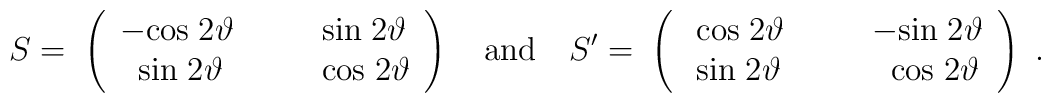
S  =   \; \left(\begin{array}{lll}  -{\rm cos}\;2\vartheta & \quad &  {\rm sin}\;2\vartheta \cr \;\;{\rm sin}\;2\vartheta & \quad & {\rm cos}\;2\vartheta \cr\end{array} \right) \  \ \ {\rm and}\ \ \  S^\prime  =   \;  \left(\begin{array}{lll}\;{\rm cos}\;2\vartheta  & \quad & -{\rm sin}\;2\vartheta \cr \;{\rm sin}\;2\vartheta & \quad &  \;\;{\rm cos}\;2\vartheta \cr\end{array}\right)\ .